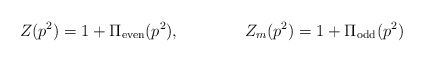
\begin{align*}Z(p^2)=1+\Pi_{\rm even}(p^2), \qquad\qquad Z_m(p^2)=1+\Pi_{\rm odd}(p^2)\end{align*}